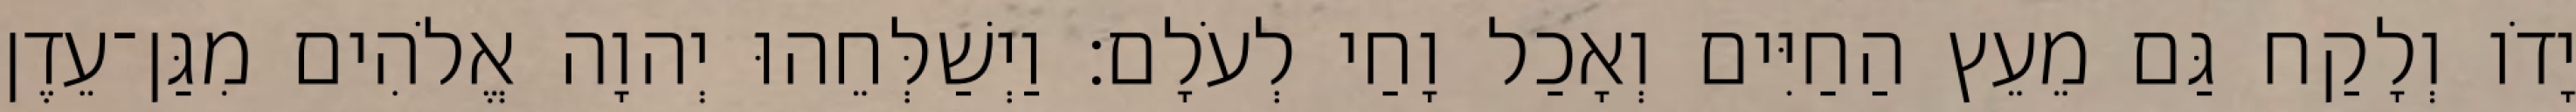
יָדֹו וְלָקַח גַּם מֵעֵץ הַחַיִּים וְאָכַל וָחַי לְעֹלָם׃ וַיְשַׁלְּחֵהוּ יְהוָה אֱלֹהִים מִגַּן־עֵדֶן